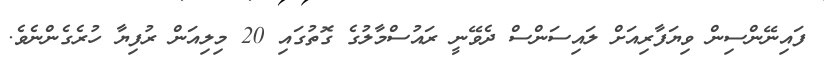
ފައިނޭންސިން ވިޔަފާރިއަށް ލައިސަންސް ދެވޭނީ ރައުސްމާލުގެ ގޮތުގައި 20 މިލިއަން ރުފިޔާ ހުރެގެންނެވެ.